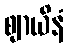
ဈာယိနံ